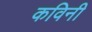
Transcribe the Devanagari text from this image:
कविनी